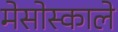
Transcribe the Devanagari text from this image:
मेसोस्काले